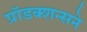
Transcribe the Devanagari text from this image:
प्रॉडक्शन्सने